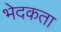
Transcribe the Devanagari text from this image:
भेदकता